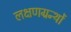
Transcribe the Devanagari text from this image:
लक्षणग्रन्थों